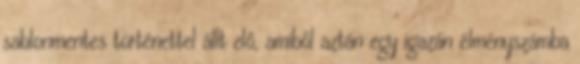
sablonmentes történettel állt elő, amiből aztán egy igazán élményszámba